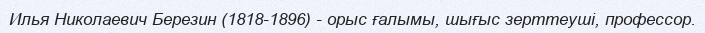
Илья Николаевич Березин (1818-1896) - орыс ғалымы, шығыс зерттеуші, профессор.